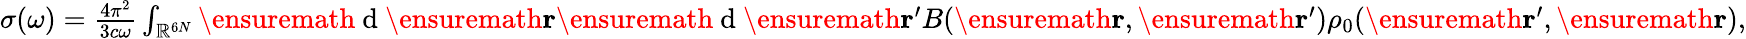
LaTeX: \begin{array}{r}{\sigma(\omega)=\frac{4\pi^{2}}{3c\omega}\int_{\mathbb{R}^{6N}}\ensuremath{\mathrm{~d~}}\ensuremath{\mathbf{r}}\ensuremath{\mathrm{~d~}}\ensuremath{\mathbf{r}}^{\prime}B(\ensuremath{\mathbf{r}},\ensuremath{\mathbf{r}}^{\prime})\rho_{0}(\ensuremath{\mathbf{r}}^{\prime},\ensuremath{\mathbf{r}}),}\end{array}